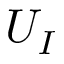
U _ { I }